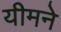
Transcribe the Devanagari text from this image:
यीमने